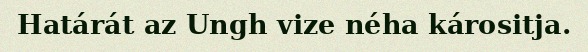
Határát az Ungh vize néha kárositja.